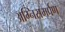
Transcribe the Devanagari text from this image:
अग्निसमर्पण